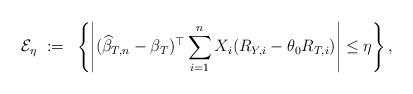
LaTeX: \begin{align*}\mathcal{E}_{\eta} ~:=~ \left\{\left|(\widehat{\beta}_{T,n} - \beta_T)^{\top}\sum_{i=1}^n X_i(R_{Y,i} - \theta_0R_{T,i})\right| \le \eta\right\},\end{align*}